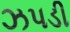
ઝપડી